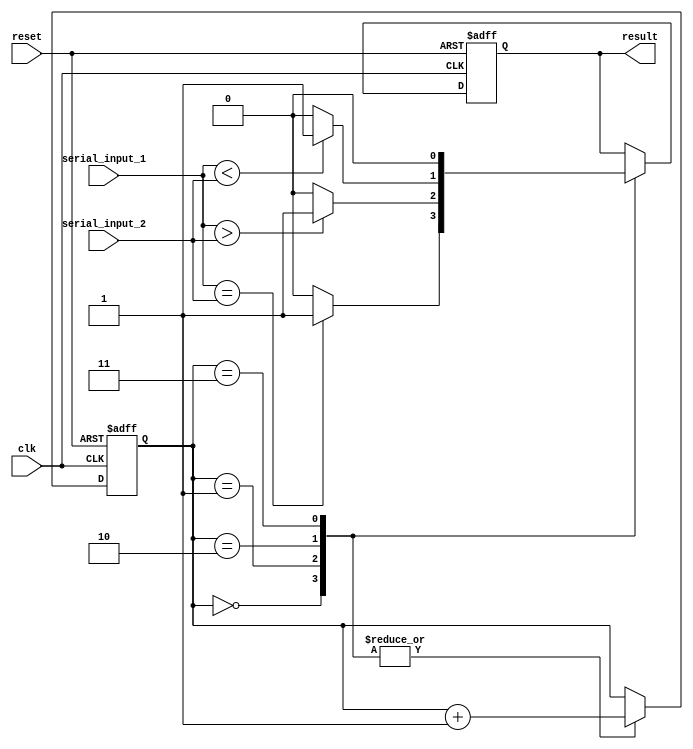
module serial_comparator (
    input wire clk,
    input wire reset,
    input wire serial_input_1,
    input wire serial_input_2,
    output reg result
);

reg [3:0] counter;

always @ (posedge clk or posedge reset) begin
    if (reset) begin
        result <= 0;
        counter <= 4'b0000;
    end else begin
        case (counter)
            0: begin
                if (serial_input_1 == serial_input_2) begin
                    result <= 1;
                    counter <= counter + 1;
                end else begin
                    result <= 0;
                    counter <= counter + 1;
                end
            end
            1: begin
                if (serial_input_1 > serial_input_2) begin
                    result <= 1;
                    counter <= counter + 1;
                end else begin
                    result <= 0;
                    counter <= counter + 1;
                end
            end
            2: begin
                if (serial_input_1 < serial_input_2) begin
                    result <= 1;
                    counter <= counter + 1;
                end else begin
                    result <= 0;
                    counter <= counter + 1;
                end
            end
            3: begin
                result <= 0;
                counter <= counter + 1;
            end
        endcase
    end
end

endmodule